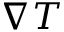
\nabla T